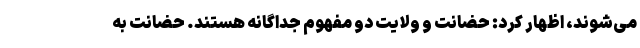
می‌شوند، اظهار کرد: حضانت و ولایت دو مفهوم جداگانه هستند. حضانت به